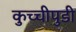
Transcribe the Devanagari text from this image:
कुच्चीपुडी